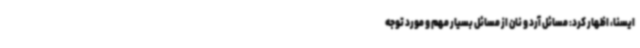
ایسنا، اظهار کرد: مسائل آرد و نان از مسائل بسیار مهم و مورد توجه